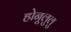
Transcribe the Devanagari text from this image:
होनूलुलु